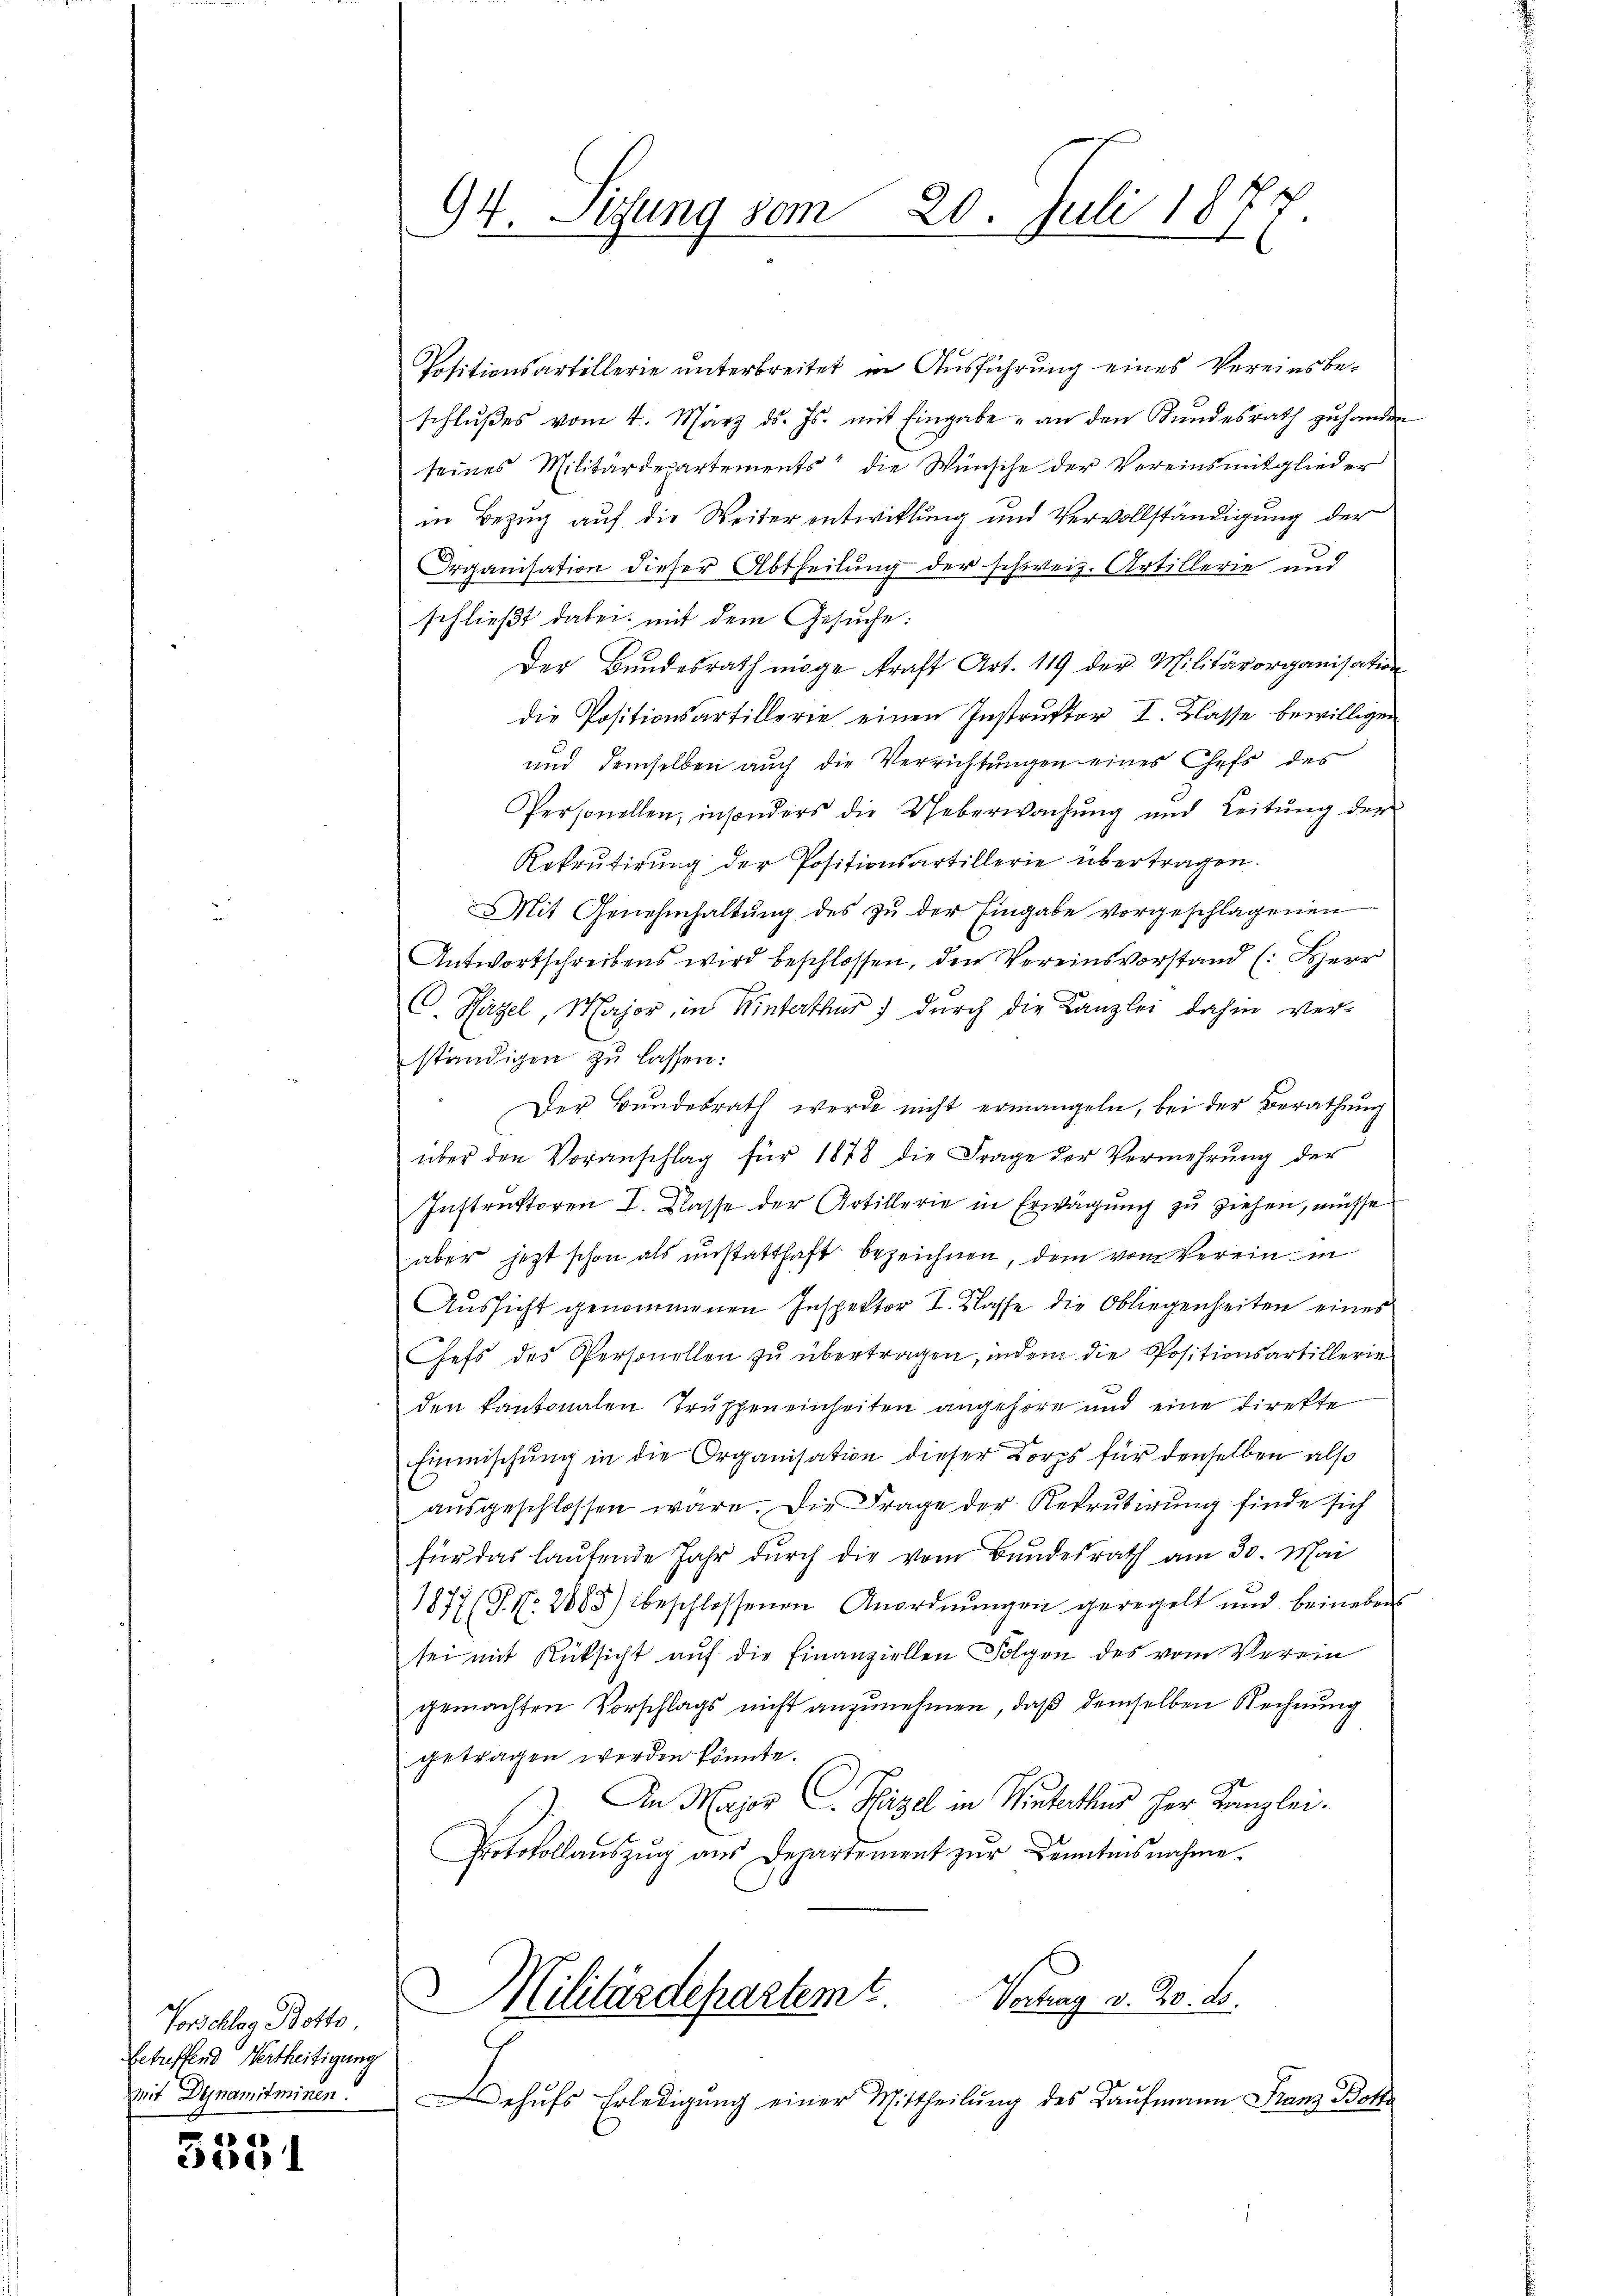
Vorschlag Botte,
betreffend Vertheitigung
mit Dynamit minen.

x
3381

94. Sizung vom 20. Juli 1877.

Positionsartillerie unterbreitet in Ausführung eines Vereinsbeschlußes vom 4. März ds. Js. mit Eingabe an den Bundesrath zu handen
seines Militärdepartements“ die Wünsche der Vereinsmitglieder
in Bezug auf die Weiter entwitlung und Vervollständigung der
Organisation dieser Abtheilung der schweiz. Artillerie und
schließt dabei mit dem Gesuche:
Der Bundesrath möge kraft Art. 119 der Militärorganisation
die Positionsartillerie einen Instruktor I. Klasse bewilligen
und demselben auch die Verrichtungen eines Chefs des
Personellen, insonders die Ueberwachŭng und Leitŭng der
Rekrutirung der Positionsartillerie übertragen.
Mit Genehmhaltŭng des zŭ der Eingabe vorgeschlagenen
Antwortschreibens wird beschlossen, den Vereinsvorstand (: Herr
C. Häzel, Major, in Winterthur) durch die Kanzlei dahin ver-
ständigen zu lassen:
Der Bundesrath werde nicht ermangeln, bei der Berathung
über den Voranschlag für 1878 die Frage der Vermehrung der
Instruktoren I. Klasse der Artillerie in Erwägung zu ziehen, müsse
aber jetzt schon als unstatthaft bezeichnen, dem vom Verein in
Aussicht genommenen Inspektor I. Klasse die Obliegenheiten eines
Chefs des Personellen zŭ übertragen, indem die Positionsartillerie
den kantonalen Truppeneinheiten angehöre und eine Direkte
Einmischung in die Organisation dieser Korps für denselben also
ausgeschlossen wäre. Die Frage der Rekrutirung finde sich
für das laufende Jahr durch die vom Bundesrath am 30. Mai
1877 (T. N. 2885) beschlossenen Anordnŭngen geregelt und beineben
sei mit Rücksicht auf die Finanziellen Folgen des vom Verein
gemachten Vorschlags nicht anzunehmen, daß demselben Rechnung
getragen werden könnte.
). An Major C. Spitzel in Winterthur Herr Kanzlei.
Protokollaŭszŭg aŭs Departement zŭr Kenntnisnahme.
)
Militärdepartem E. Vortrag v. 20. d.
ehŭfs Erledigung einer Mittheilung des Kaufmann Franz Both